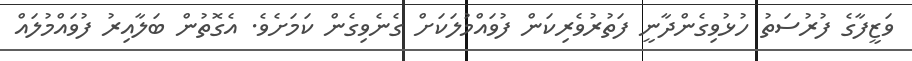
ވަޒީފާގެ ފުރުސަތު ހުޅުވިގެންދާނީ ފަތުރުވެރިކަން ފުވައްމުލަކަށް ގެނެވިގެން ކަމަށެވެ. އެގޮތުން ބަލާއިރު ފުވައްމުލައް